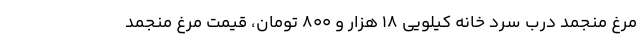
مرغ منجمد درب سرد خانه کیلویی ۱۸ هزار و ۸۰۰ تومان، قیمت مرغ منجمد